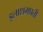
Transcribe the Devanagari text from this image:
इलाशमप्रती